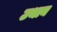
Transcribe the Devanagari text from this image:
उथान